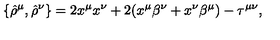
\{ { \hat { \rho } } ^ { \mu } , { \hat { \rho } } ^ { \nu } \} = 2 x ^ { \mu } x ^ { \nu } + 2 ( x ^ { \mu } \beta ^ { \nu } + x ^ { \nu } \beta ^ { \mu } ) - \tau ^ { \mu \nu } ,